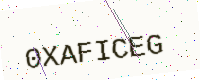
Text: 0XAFICEG